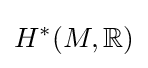
H^{*}(M,\mathbb {R} )